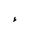
Letter: _hamza